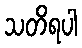
သတိရပါ